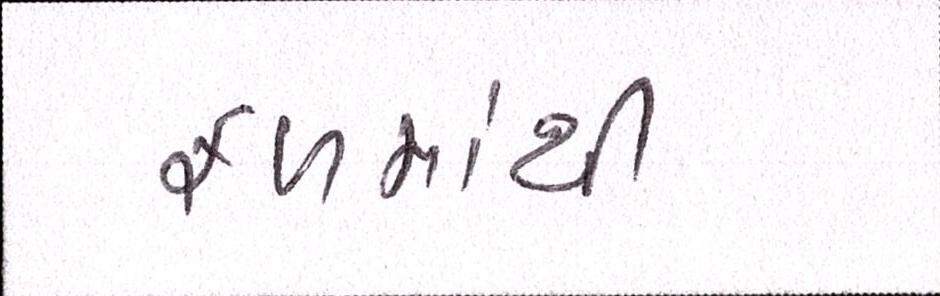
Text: ફળમાંથી